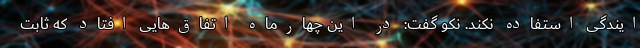
ایندگی استفاده نکند. نکو گفت: در این چهارماه اتفاق‌هایی افتاد که ثابت